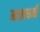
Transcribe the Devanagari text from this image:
मात्राधर्मी